Annual report on the working of the lock hospitals in the North-Western Provinces and Oudh
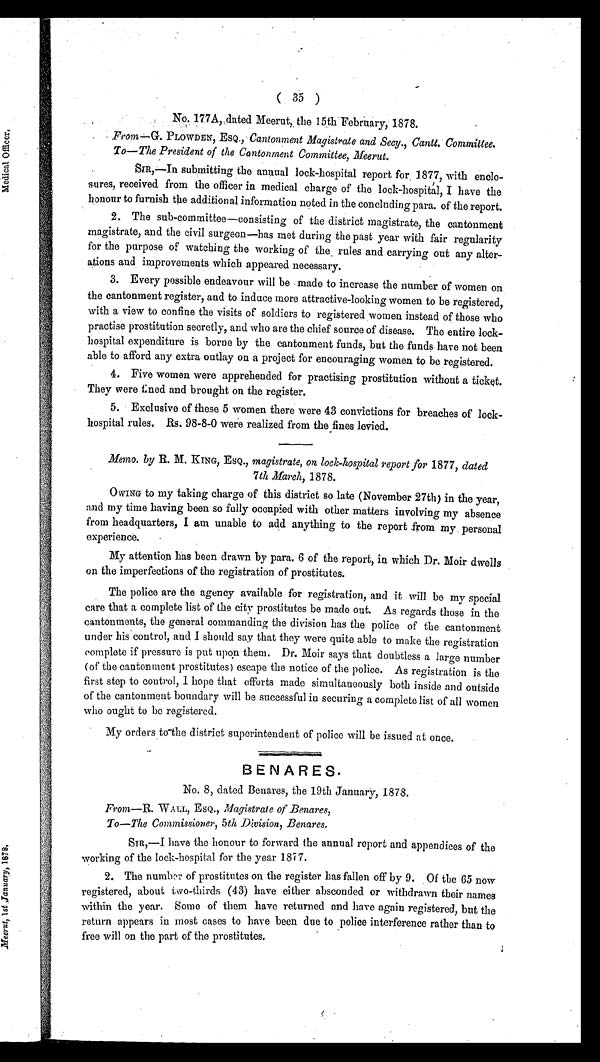
( 35 )
No. 177A, dated Meerut, the 15th . February, 1878.
From —G. PLOWDEN, ESQ., Cantonment Magistrate and Secy., Cantt. Committee.
To—The President of the Cantonment Committee, Meerut.
SIR,—In submitting the annual lock-hospital report for 1877, with enclo-
sures, received from the officer in medical charge of the lock-hospital, I have the
honour to furnish the additional information noted in the concluding para. of the report.
2. The sub-committee—consisting of the district magistrate, the cantonment
magistrate, and the civil surgeon—has met during the past year with fair regularity
for the purpose of watching the working of the rules and carrying out any alter-
ations and improvements which appeared necessary.
3. Every possible endeavour will be made to increase the number of women on
the cantonment register, and to induce more attractive-looking women to be registered,
with a view to confine the visits of soldiers to registered women instead of those who
practise prostitution secretly, and who are the chief source of disease. The entire lock-
hospital expenditure is borne by the cantonment funds, but the funds have not been
able to afford any extra outlay on a project for encouraging women to be registered.
4. Five women were apprehended for practising prostitution without a ticket
. They were fined and brought on the register.
5. Exclusive of these 5 women there were 43 convictions for breaches of lock-
hospital rules. Rs. 98-8-0 were realized from the fines levied.
Memo. by R. M. KING, ESQ., magistrate, on lock-hospital report for 1877, dated
7th March, 1878.
OWING to my taking charge of this district so late (November 27th) in the year,
and my time having been so fully occupied with other matters involving my absence
from headquarters, I am unable to add anything to the report from my personal
experience.
My attention has been drawn by para. 6 of the report, in which Dr. Moir dwells
on the imperfections of the registration of prostitutes.
The police are the agency available for registration, and it will be my special
care that a complete list of the city prostitutes be made out. As regards those in the
cantonments, the general commanding the division has the police of the cantonment
under his control, and I should say that they were quite able to make the registration
complete if pressure is put upon them. Dr. Moir says that doubtless a large number
(of the cantonment prostitutes) escape the notice of the police. As registration is the
first step to control, I hope that efforts made simultaneously both inside and outside
of the cantonment boundary will be successful in securing a complete list of all women
who ought to be registered.
My orders to the district superintendent of police will be issued at once.
BENARES.
No. 8, dated Benares, the 19th January, 1878.
From— R. WALL, ESQ., Magistrate of Benares,
To—The Commissioner, 5th Division, Benares.
SIR,—I have the honour to forward the annual report and appendices of the
working of the lock-hospital for the year 1877.
2. The number of prostitutes on the register has fallen off by 9. Of the 65 now
registered, about two-thirds (43) have either absconded or withdrawn their names
within the year. Some of them have returned and have again registered, but the
return appears in most cases to have been due to police interference rather than to
free will on the part of the prostitutes.